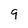
Character: 9